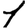
Digit: 1